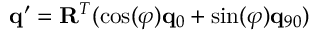
\begin{array} { r } { \mathbf { q } ^ { \prime } = \mathbf { R } ^ { T } ( \cos ( \varphi ) \mathbf { q } _ { 0 } + \sin ( \varphi ) \mathbf { q } _ { 9 0 } ) } \end{array}